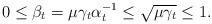
LaTeX: \begin{align*}0\leq\beta_t=\mu\gamma_t\alpha_t^{-1}\leq\sqrt{\mu\gamma_t}\leq 1.\end{align*}